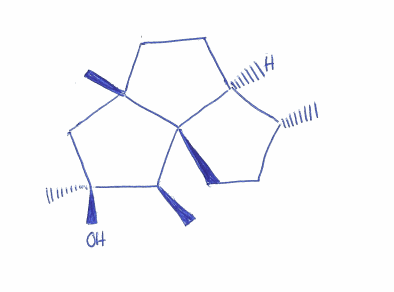
Simplified molecular-input line-entry system (SMILES) notation of the given molecule:
C[C@@H]1CC[C@]23[C@H]1CC[C@]2(C[C@]([C@@H]3C)(C)O)C